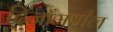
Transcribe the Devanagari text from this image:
दिजाँमधील